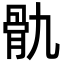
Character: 骩